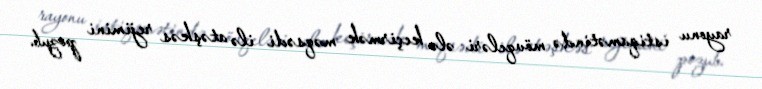
rayonu istiqamətində mövqeləri ələ keçirmək məqsədi ilə atəşkəs rejimini pozub.